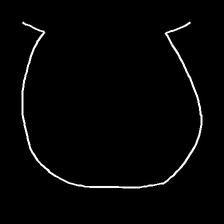
Glyph: weave